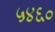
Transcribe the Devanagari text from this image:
५४६०